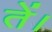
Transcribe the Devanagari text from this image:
तें।